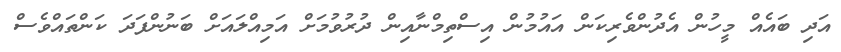
އަދި ބައެއް މީހުން އެދުންވެރިކަން އައުމުން އިސްތިމްނާއިން ދުރުވުމަށް އަމިއްލައަށް ބަނުންފަދަ ކަންތައްވެސް